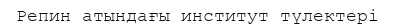
Репин атындағы институт түлектері